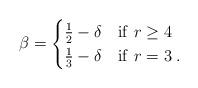
LaTeX: \begin{align*}\beta = \begin{cases}\frac{1}{2}-\delta & {\rm if~} r \ge 4\\\frac{1}{3}-\delta & {\rm if~} r = 3\;.\end{cases}\end{align*}